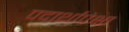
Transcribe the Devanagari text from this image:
पदार्थापेक्षा